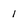
Character: 1